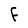
Character: F